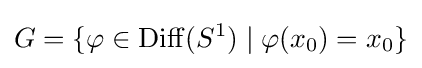
G=\{\varphi \in \mathrm {Diff} (S^{1})\mid \varphi (x_{0})=x_{0}\}